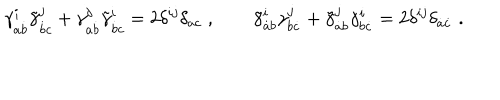
LaTeX: \gamma _ { a \dot { b } } ^ { i } \tilde { \gamma } _ { \dot { b } c } ^ { j } + \gamma _ { a \dot { b } } ^ { j } \tilde { \gamma } _ { \dot { b } c } ^ { i } = 2 \delta ^ { i j } \delta _ { a c } \; , \qquad \tilde { \gamma } _ { \dot { a } b } ^ { i } \gamma _ { b \dot { c } } ^ { j } + \tilde { \gamma } _ { \dot { a } b } ^ { j } \gamma _ { b \dot { c } } ^ { i } = 2 \delta ^ { i j } \delta _ { \dot { a } \dot { c } } \; .